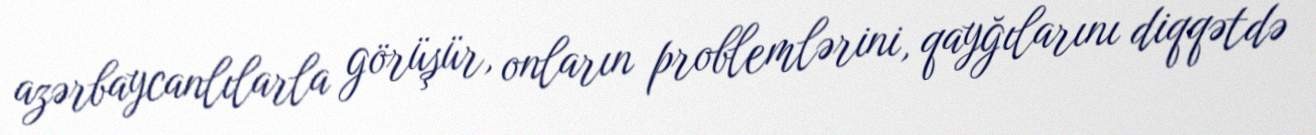
azərbaycanlılarla görüşür, onların problemlərini, qayğılarını diqqətdə